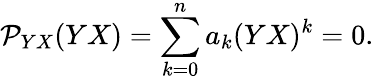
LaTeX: {\cal P}_{YX}(YX)=\sum_{k=0}^{n}a_{k}(YX)^{k}=0.